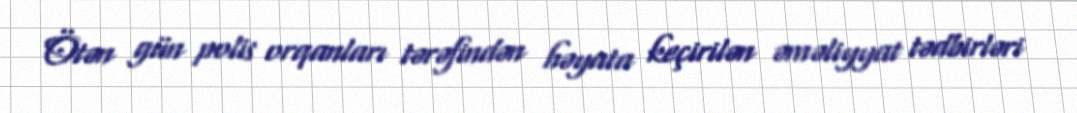
Ötən gün polis orqanları tərəfindən həyata keçirilən əməliyyat tədbirləri